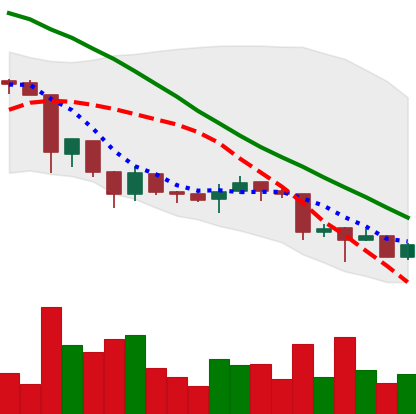
Ticker: XRP-USD
Chart end date: 2018-06-27
Forward return: 3.349%
Label: up_3_5